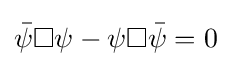
{\bar {\psi }}\square \psi -\psi \square {\bar {\psi }}=0